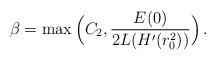
LaTeX: \begin{align*}\beta= \max\Big(C_2, \frac{E(0)}{2L(H'(r_0^2))}\Big) \,.\end{align*}